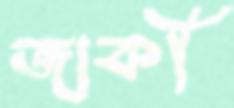
জাকী